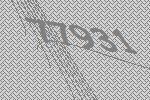
77931